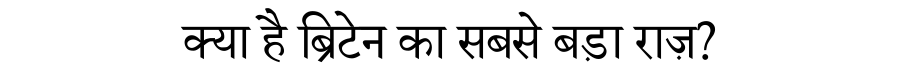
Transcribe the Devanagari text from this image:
क्या है ब्रिटेन का सबसे बड़ा राज़?